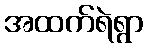
အထက်ရဲရွာ